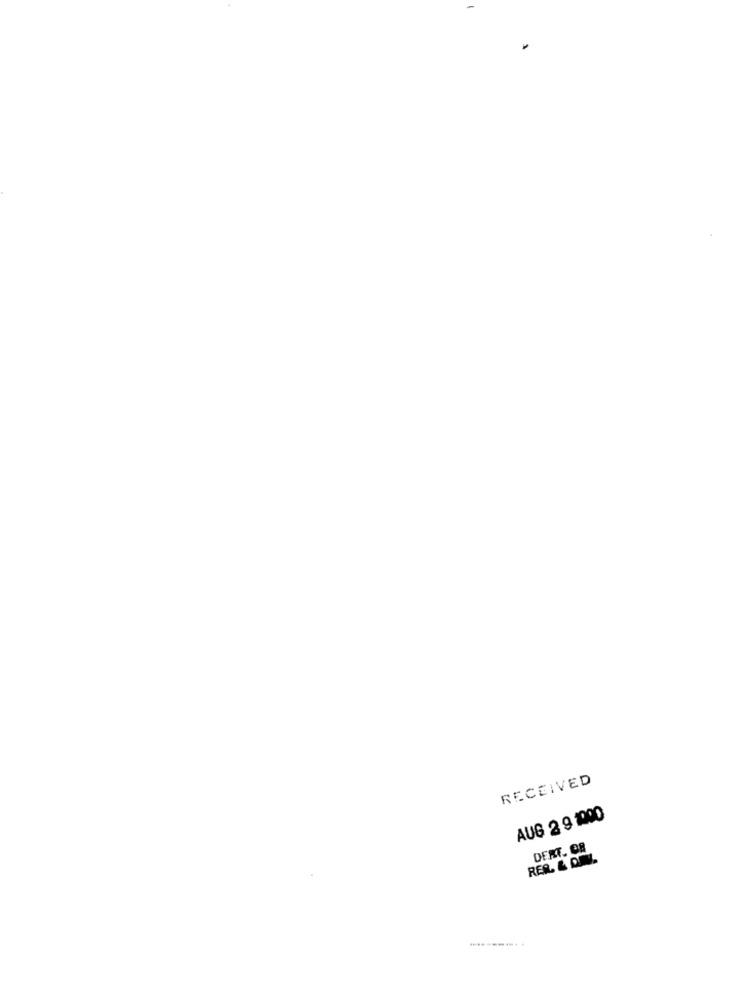
RECEIVED
AUG 2 9 1000
DERT. OR
RER. & DNY